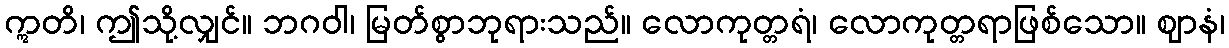
ဣတိ၊ ဤသို့လျှင်။ ဘဂဝါ၊ မြတ်စွာဘုရားသည်။ လောကုတ္တရံ၊ လောကုတ္တရာဖြစ်သော။ ဈာနံ၊